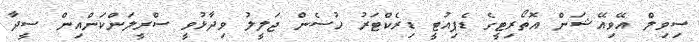
ސިވިލް އޭވިއޭޝަން އޮތޯރިޓީގެ ޑެޕިއުޓީ ޑިރެކްޓަރު ހުސެން ޖަލީލު ވިދާޅުވީ ސްރީލަންކަންއިން ސީދާ